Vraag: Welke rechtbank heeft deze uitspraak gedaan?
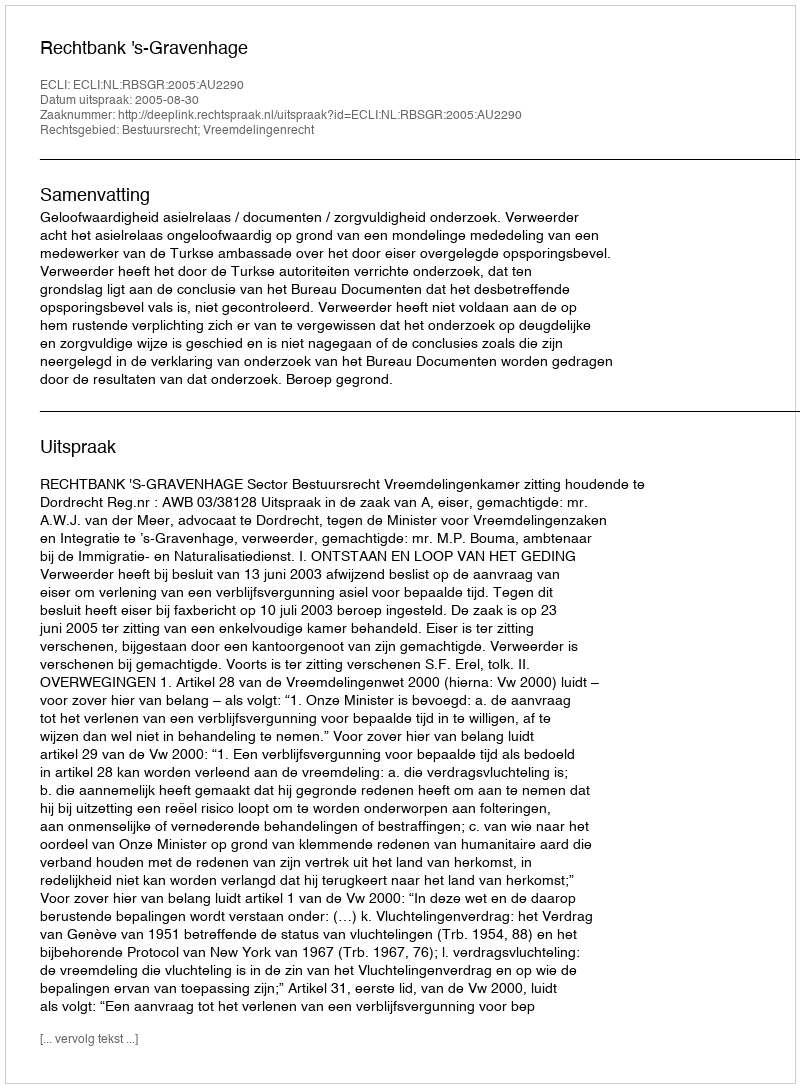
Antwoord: Rechtbank 's-Gravenhage